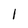
Character: 1